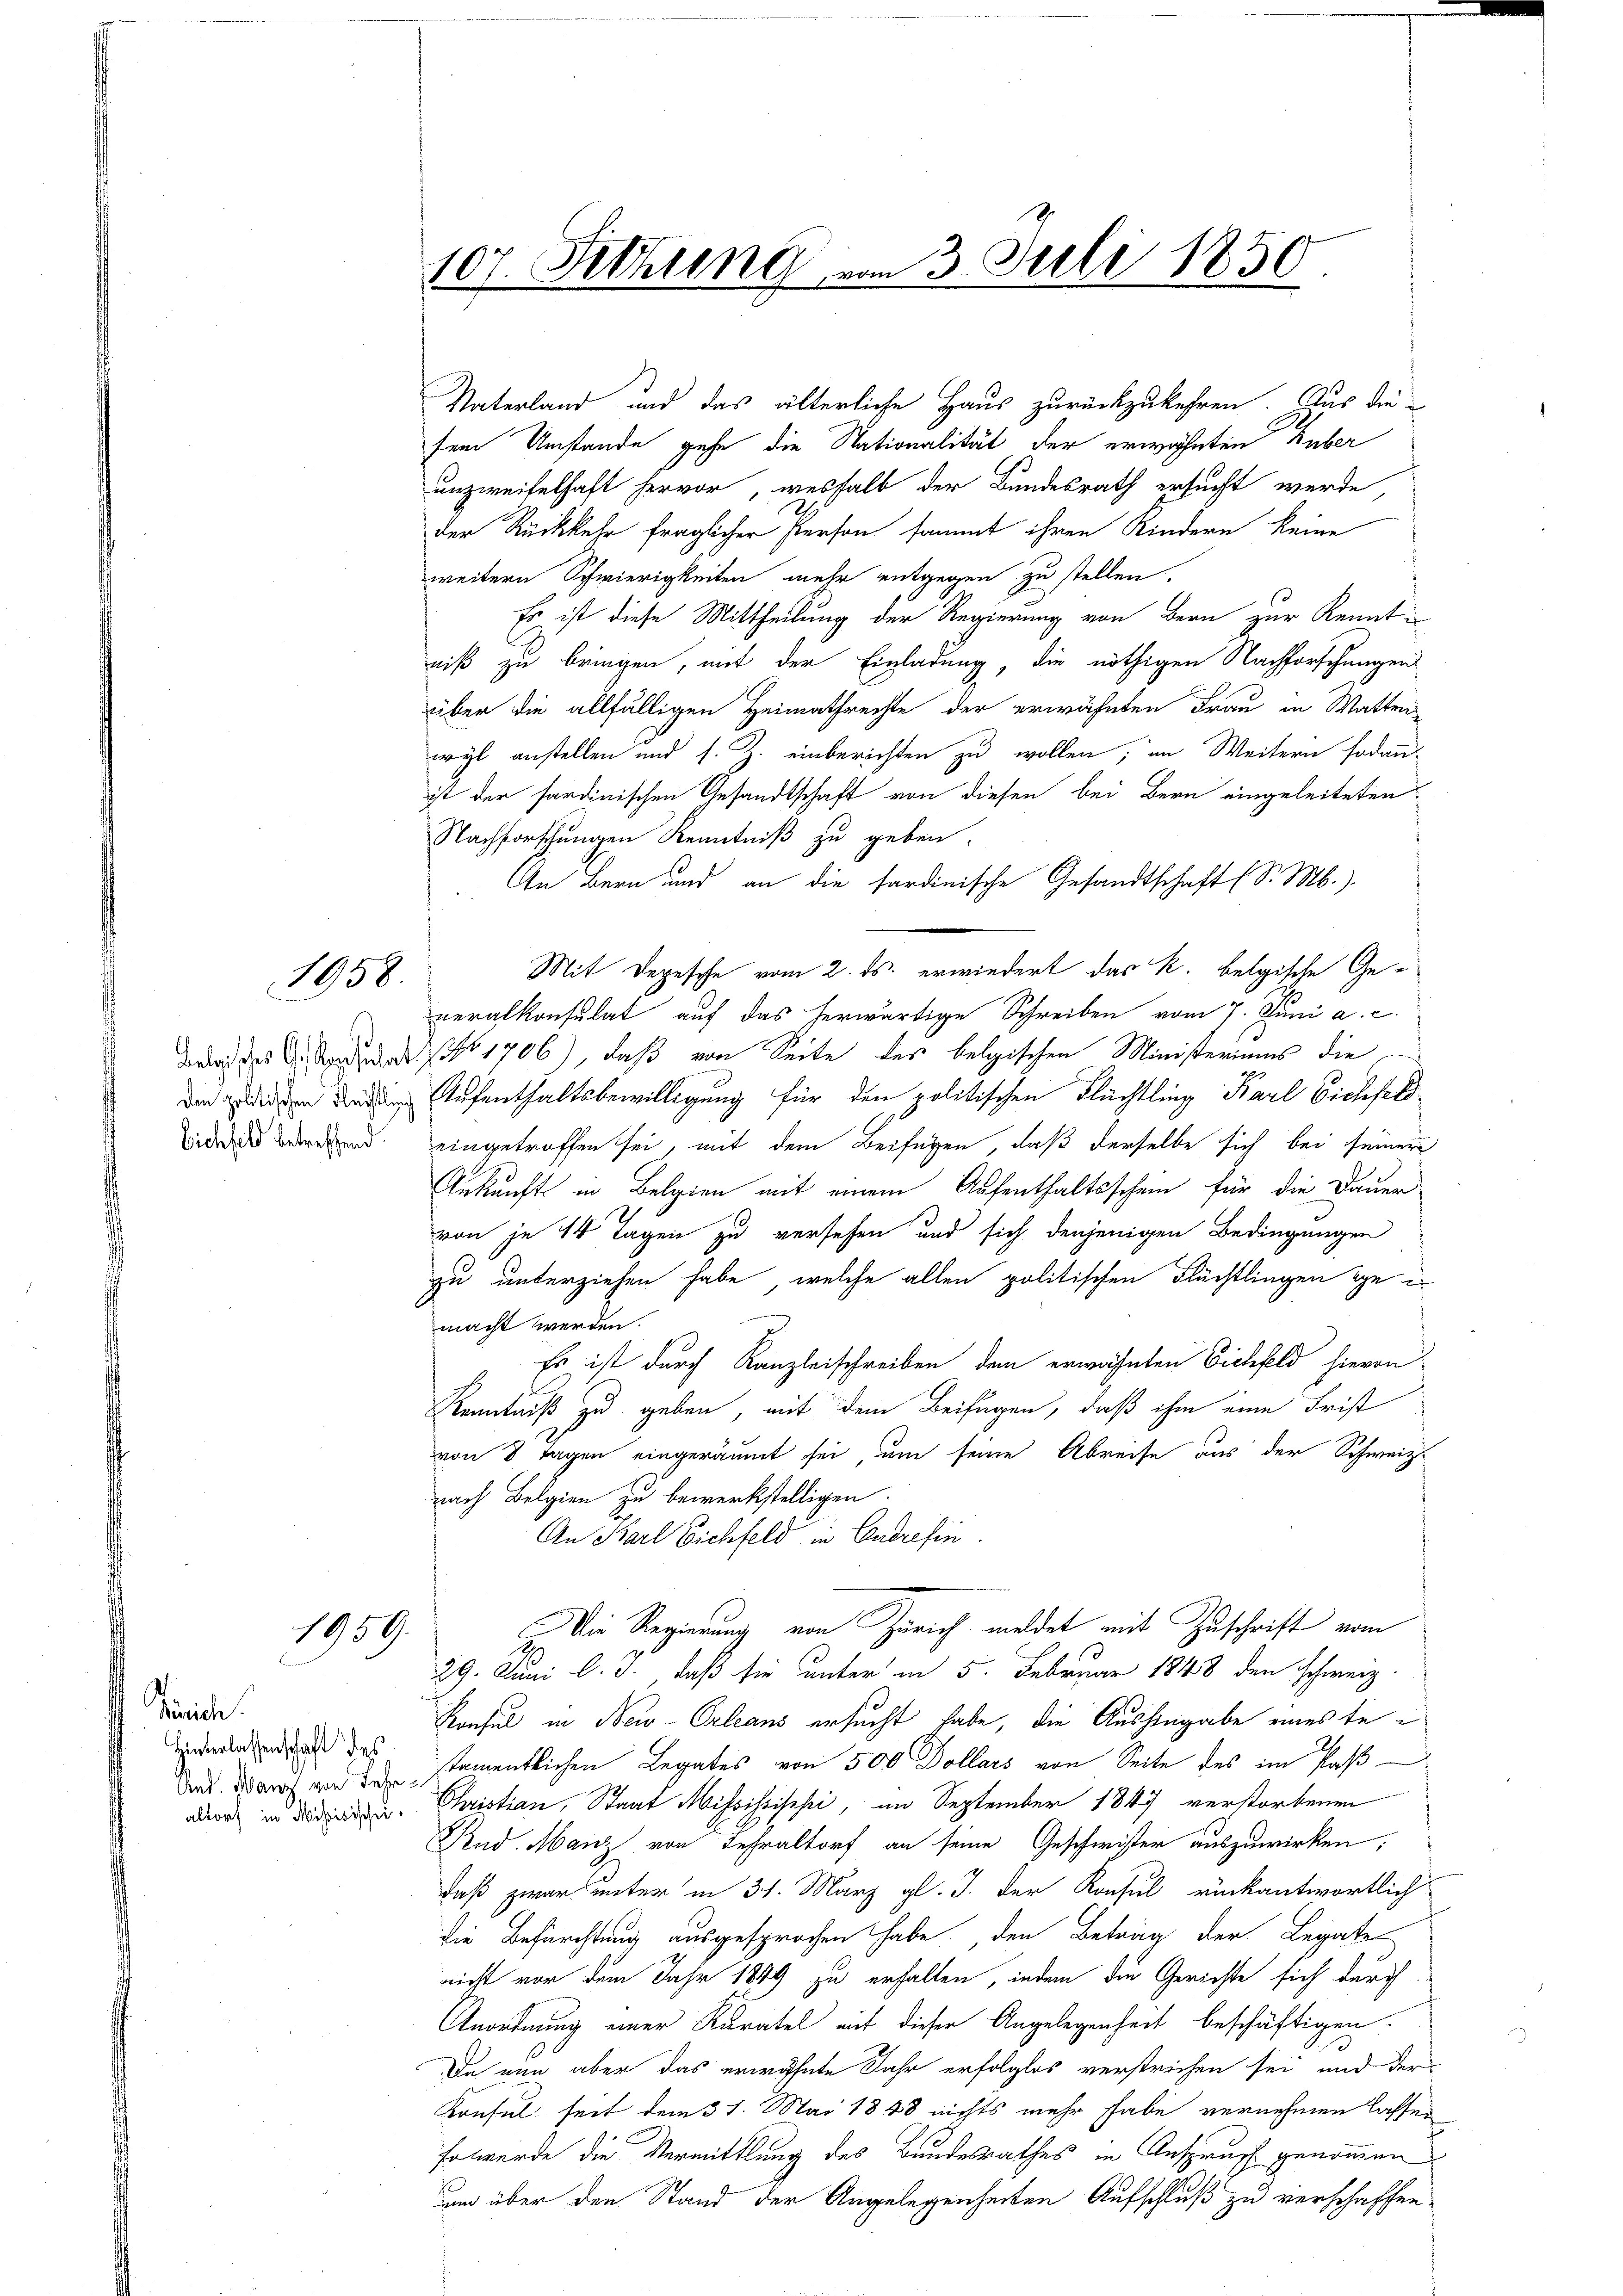
1958.

Vaterland und das älterliche Haus zurückzukehren. Aus die
sem Umstande gehe die Nationalität der erwähnten Huber
unzweifelhaft hervor, weshalb der Bundesrath ersucht werde,
der Rückkehr fraglicher Person sammt ihren Kindern keine
weitern Schwierigkeiten mehr entgegen zu stellen.
Es ist diese Mittheilung der Regierung von Bern zur Kenntniß zu bringen, mit der Einladung, die nöthigen Nachforschungen
über die allfälligen Heimathrechte der erwähnten Frau in Wattri
wyl anstellen und s. Z. einberichten zu wollen; in Weitern sodann
ist der sardinischen Gesandtschaft von diesen bei Bern eingeleiteten
Nachforschungen Kenntniß zu geben.
An Bern und an die sardinische Gesandtschaft (S. M.).
Mit Depesche vom 2. ds. erwiedert das k. belgische Generalkonsulat auf das herwärtige Schreiben vom 7. Juni a. c.
da des d. d. 1706) daß von Seite des belgischen Ministeriums die
der in den Aufenthaltsbewilligung für den politischen Flüchtling Karl Bichfeld
eingetroffen sei, mit dem Beifügen, daß derselbe sich bei seiner
Ankunft in Belgien mit einem Aufenthaltsschein für die Dauer
von je 14 Tagen zu versehen und sich denjenigen Bedingungen
zu unterziehen habe, welche allen politischen Flüchtlingen gei
.
macht werden.
Es ist durch Kanzleischreiben dem erwähnten Eichfeld hievon
Kenntniß zu geben, mit dem Beifügen, daß ihm eine Frist
von 8 Tagen eingeräumt sei, um seine Abreise aus der Schweize
nach Belgien zu bewerkstelligen.
An Barl Eichfeld in Endrefin
Die Regierung von Zürich meldet mit Zuschrift vom
)
2
29. Juni l. J., daß sie unter in 5. Februar 1848 den schweiz.
Konsul in New-Orleans ersucht habe, die Aushingabe eines testamentlichen Legates von 500 Dollars von Seite des im Paß
or in die Christian, Staat Mississischi, im September 1847 verstorbenen
Rud. Manz von Fehraltorf an seine Geschwister auszuwirken;
daß zwar unter in 31. März gl. J. der Konsul rückantwortlich
die Befürchtung ausgesprochen habe den Betrag der Legate
nicht vor dem Jahr 1849 zu erhalten, indem die Gerichte sich durch
Anordnung einer Karatel mit dieser Angelegenheit beschäftigen.
Da nun aber das erwähnte Jahr erfolglos verstrichen sei, und der
Konsul seit dem 31. Mai 1848 nichts mehr habe vernehmen lassen,
so werde die Vermittlung des Bundesrathes in Anspruch genommen
und über den Stand der Angelegenheiten Aufschluß zu verschaffen

Eichfeld betreffend.

1959.

Pricli
Hinterlassenschaft des
And. Manz, von Jahr-

107. Sitzung vom 3. Juli 1850.